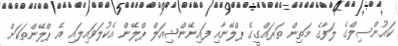
ކައުންސިލްގެ ލަފާގެ މަތިން ތަރައްގީގެ ޕްލޭނާއި ފައިނޭންޝިއަލް ޕްލޭން އެކުލަވައިލައި އެ ޕްލޭންތަކަށް